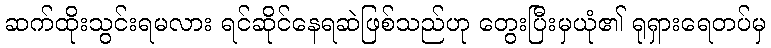
ဆက်ထိုးသွင်းရမလား ရင်ဆိုင်နေရဆဲဖြစ်သည်ဟု တွေးပြီးမှယုံ၏ ရုရှားရေတပ်မှ